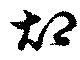
却